Civil Veterinary Department Bihar reports 1940-50 - 1940-1950
Year: 1940
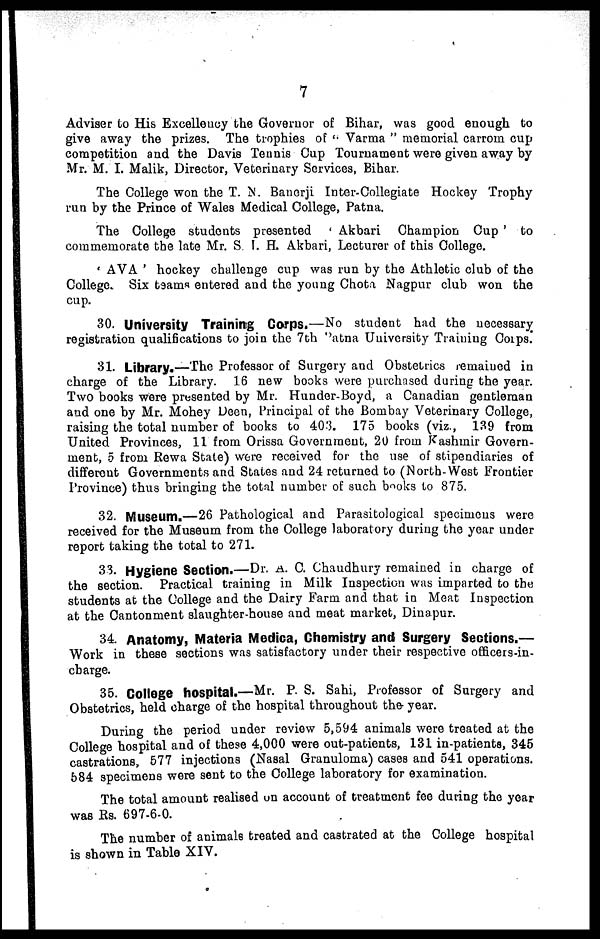
7
Adviser to His Excellency the Governor of Bihar, was good enough to
give away the prizes. The trophies of " Varma " memorial carrom cup
competition and the Davis Tennis Cup Tournament were given away by
Mr. M. I. Malik, Director, Veterinary Services, Bihar.
The College won the T. N. Banerji Inter-Collegiate Hockey Trophy
run by the Prince of Wales Medical College, Patna.
The College students presented ' Akbari Champion Cup ' to
commemorate the late Mr. S. I. H. Akbari, Lecturer of this College.
' AVA ' hockey challenge cup was run by the Athletic club of the
College. Six teams entered and the young Chota Nagpur club won the
cup.
30. University Training Corps.—No student had the necessary
registration qualifications to join the 7th Patna University Training Corps.
31. Library.—The Professor of Surgery and Obstetrics remained in
charge of the Library. 16 new books were purchased during the year.
Two books were presented by Mr. Hunder-Boyd, a Canadian gentleman
and one by Mr. Mohey Deen, Principal of the Bombay Veterinary College,
raising the total number of books to 403. 175 books (viz., 139 from
United Provinces, 11 from Orissa Government, 20 from Kashmir Govern-
ment, 5 from Rewa State) wore received for the use of stipendiaries of
different Governments and States and 24 returned to (North-West Frontier
Province) thus bringing the total number of such books to 875.
32. Museum.—26 Pathological and Parasitological specimens were
received for the Museum from the College laboratory during the year under
report taking the total to 271.
33. Hygiene Section.—Dr. A. C. Chaudhury remained in charge of
the section. Practical training in Milk Inspection was imparted to the
students at the College and the Dairy Farm and that in Meat Inspection
at the Cantonment slaughter-house and meat market, Dinapur.
34. Anatomy, Materia Medica, Chemistry and Surgery Sections.—
Work in these sections was satisfactory under their respective officers-in-
charge.
35. College hospital.—Mr. P. S. Sahi, Professor of Surgery and
Obstetrics, held charge of the hospital throughout the year.
During the period under review 5,594 animals were treated at the
College hospital and of these 4,000 were out-patients, 131 in-patients, 345
castrations, 577 injections (Nasal Granuloma) cases and 541 operations.
584 specimens were sent to the College laboratory for examination.
The total amount realised on account of treatment fee during the year
was Rs. 697-6-0.
The number of animals treated and castrated at the College hospital
is shown in Table XIV.